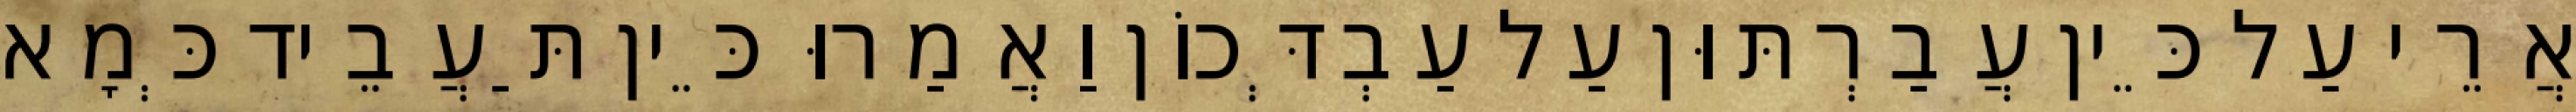
אֲרֵי עַל כֵּין עֲבַרְתּוּן עַל עַבְדְּכוֹן וַאֲמַרוּ כֵּין תַּעֲבֵיד כְּמָא